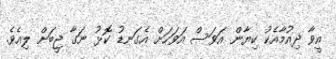
އީވާ ދިއުމާއެކު ކިޔާން އަވަސް އަވަހަށް އެގަނޑު ކޮޅު ނަގާ ޖީބަށް ލިއެވެ.